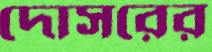
দোসরের